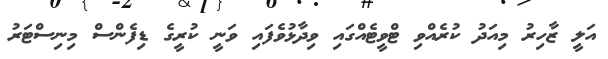
އަލީ ޒާހިރު މިއަދު ކުރެއްވި ޓްވީޓެއްގައި ވިދާޅުވެފައި ވަނީ ކުރީގެ ޑިފެންސް މިނިސްޓަރު